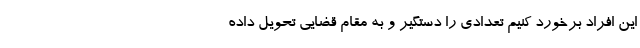
این افراد برخورد کنیم تعدادی را دستگیر و به مقام قضایی تحویل داده